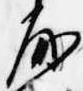
房